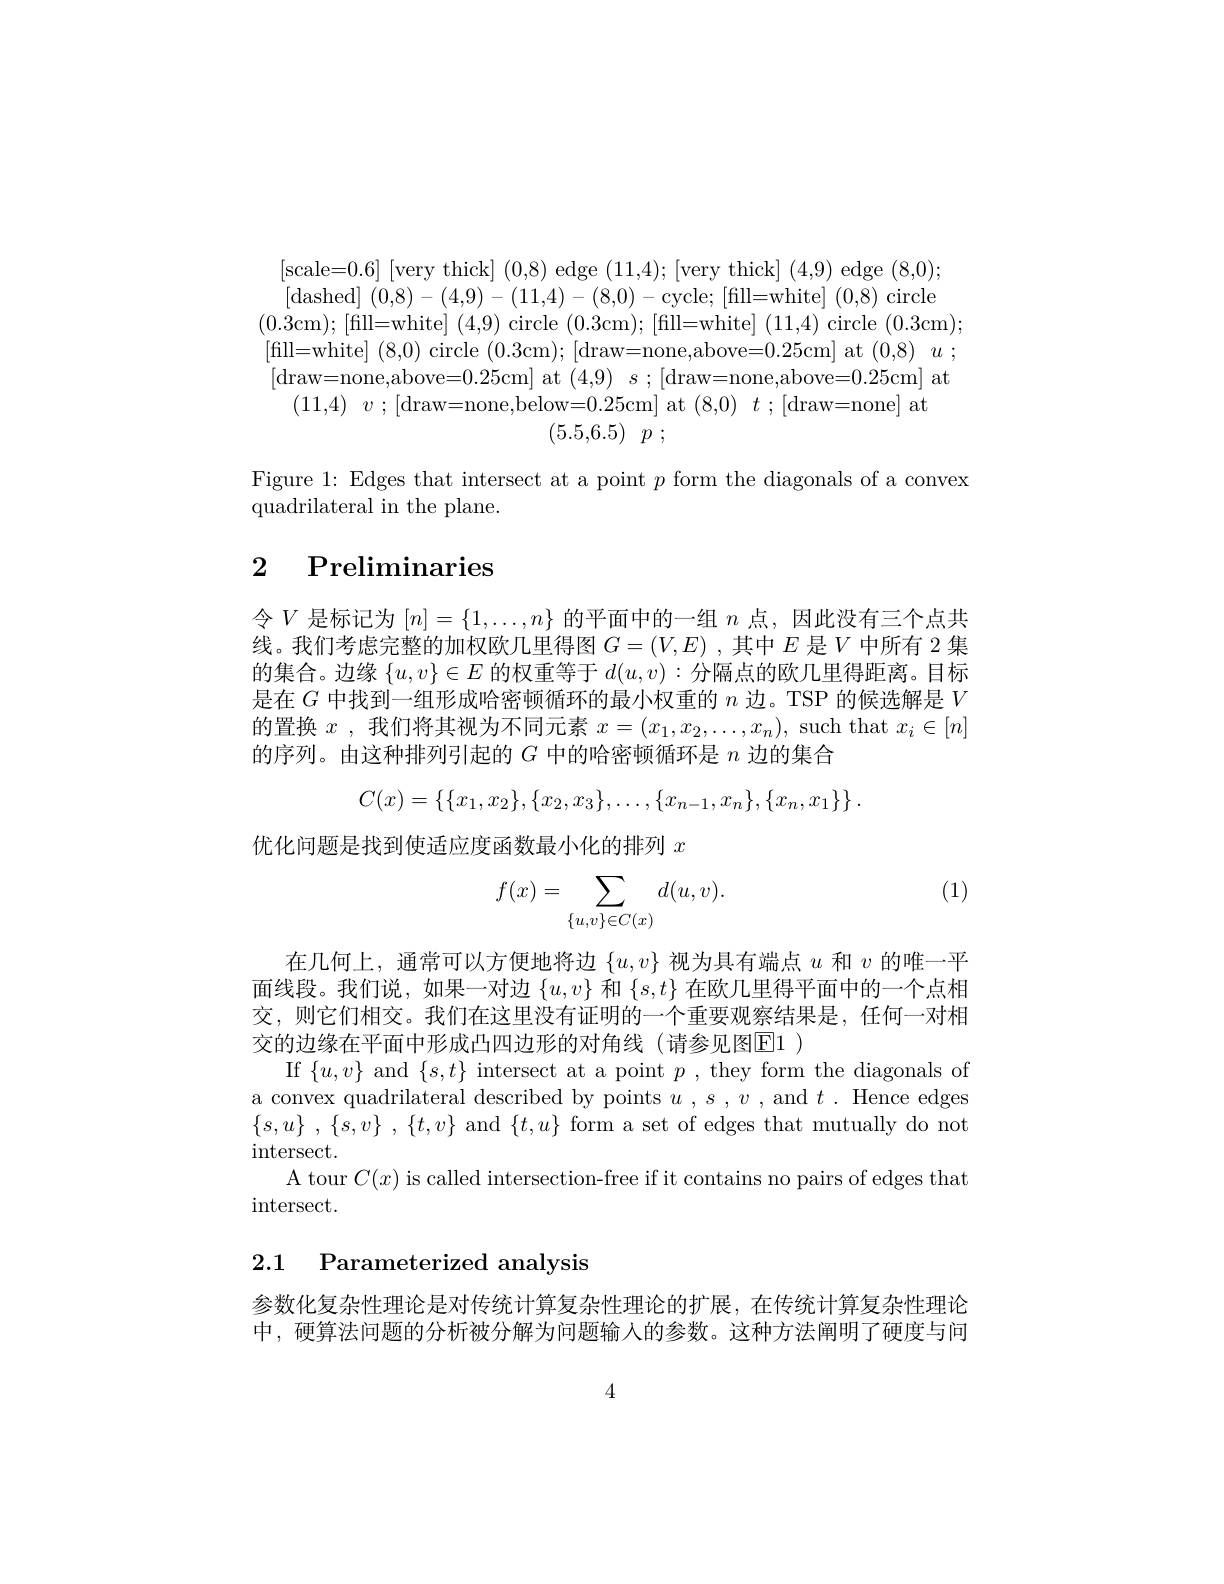
[scale=0.6][very thick](0,8)edge(11,4);[very thick](4,9)edge(8,0); [dashed] (0,8) - (4,9) - (11,4) - (8,0) - cycle; [ fill= white] ( 0, 8) circle
(0.3cm);[fill=white] $( 4, 9) circle ( 0. 3$cm$);~[$fill=white]~(11,4)~circle~(0.3cm);~(0.3cm);~(0.2)~(0.3cm);~(0.2cm)~(0.2cm)~(0.2cm)~(0.2cm)~(0.2cm)~(0.2cm)~(0.2cm)~(0.2cm)~(0.2cm)~(0.2cm)~(0.2cm)~(0.2cm)~(0.2dm)~(0.2dm)~(0.2dm)~(0.2dm)~(0.2dm)~(0.2dm $\left[\mathrm{draw=none,above=0.25cm]~at~(4,9)~s~;~[draw=none,above=0.25cm]~at}\right]$ $(11,4)~v~;~[$draw=none,below=0.25cm]~at~(8,0)~t~;~[draw=none]~at}~,~[draw=none]~at}~,~[draw=none]~at}~,~[draw=none]~at}~,~[draw=none]~at}~,~[draw=none]~at}~,~[drax]~,~[draw=none]~at}~,~[draw=none]~at~,~[draw=none]~at~,~[draw=none]~at}~,~[draw=none]~at~,
(5.5,6.5) $p$ ;

Figure 1: Edges that intersect at a point $p$ form the diagonals of a convex
quadrilateral in the plane.

# 2 Preliminaries

令$V$是标记为$[n]=\{1,\ldots,n\}$的平面中的一组$n$点，因此没有三个点共线。我们考虑完整的加权欧几里得图$G=(V,E)$ ,其中$E$是$V$中所有 2 集的集合。边缘$\{u,v\}\in E$的权重等于$d(u,v):$分隔点的欧几里得距离。目标是在$G$中找到一组形成哈密顿循环的最小权重的$n$边。TSP 的候选解是$V$ 的置换$x$ , 我们将其视为不同元素$x=(x_1,x_2,\ldots,x_n)$, such that $x_i\in[n]$ 的序列。由这种排列引起的$G$中的哈密顿循环是$n$边的集合
$$C(x)=\left\{\{x_1,x_2\},\{x_2,x_3\},\dots,\{x_{n-1},x_n\},\{x_n,x_1\}\right\}.$$
优化问题是找到使适应度函数最小化的排列$x$

(1)
$$f(x)=\sum_{\{u,v\}\in C(x)}d(u,v).$$
在几何上，通常可以方便地将边$\{u,v\}$视为具有端点$u$和$v$的唯一平面线段。我们说，如果一对边$\{u,v\}$和$\{s,t\}$在欧几里得平面中的一个点相交，则它们相交。我们在这里没有证明的一个重要观察结果是，任何一对相交的边缘在平面中形成凸四边形的对角线(请参见图El1 )
If$\{u,v\}$ and$\{s,t\}$ intersect at a point$p$, they form the diagonals of a convex quadrilateral described by points $u,s,v$, and $t.$ Hence edges $\{ s, u\}$ , $\{ s, v\}$ , $\{ t, v\}$ and $\{ t, u\}$form a set of edges that mutually do not $\operatorname{intersect}.$
A tour $C(x)$ is called intersection-free if it contains no pairs of edges that
$\operatorname{intersect}.$

## 2.1 Parameterized analysis

参数化复杂性理论是对传统计算复杂性理论的扩展，在传统计算复杂性理论中，硬算法问题的分析被分解为问题输入的参数。这种方法阐明了硬度与问

4